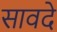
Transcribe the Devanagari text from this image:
सावदे